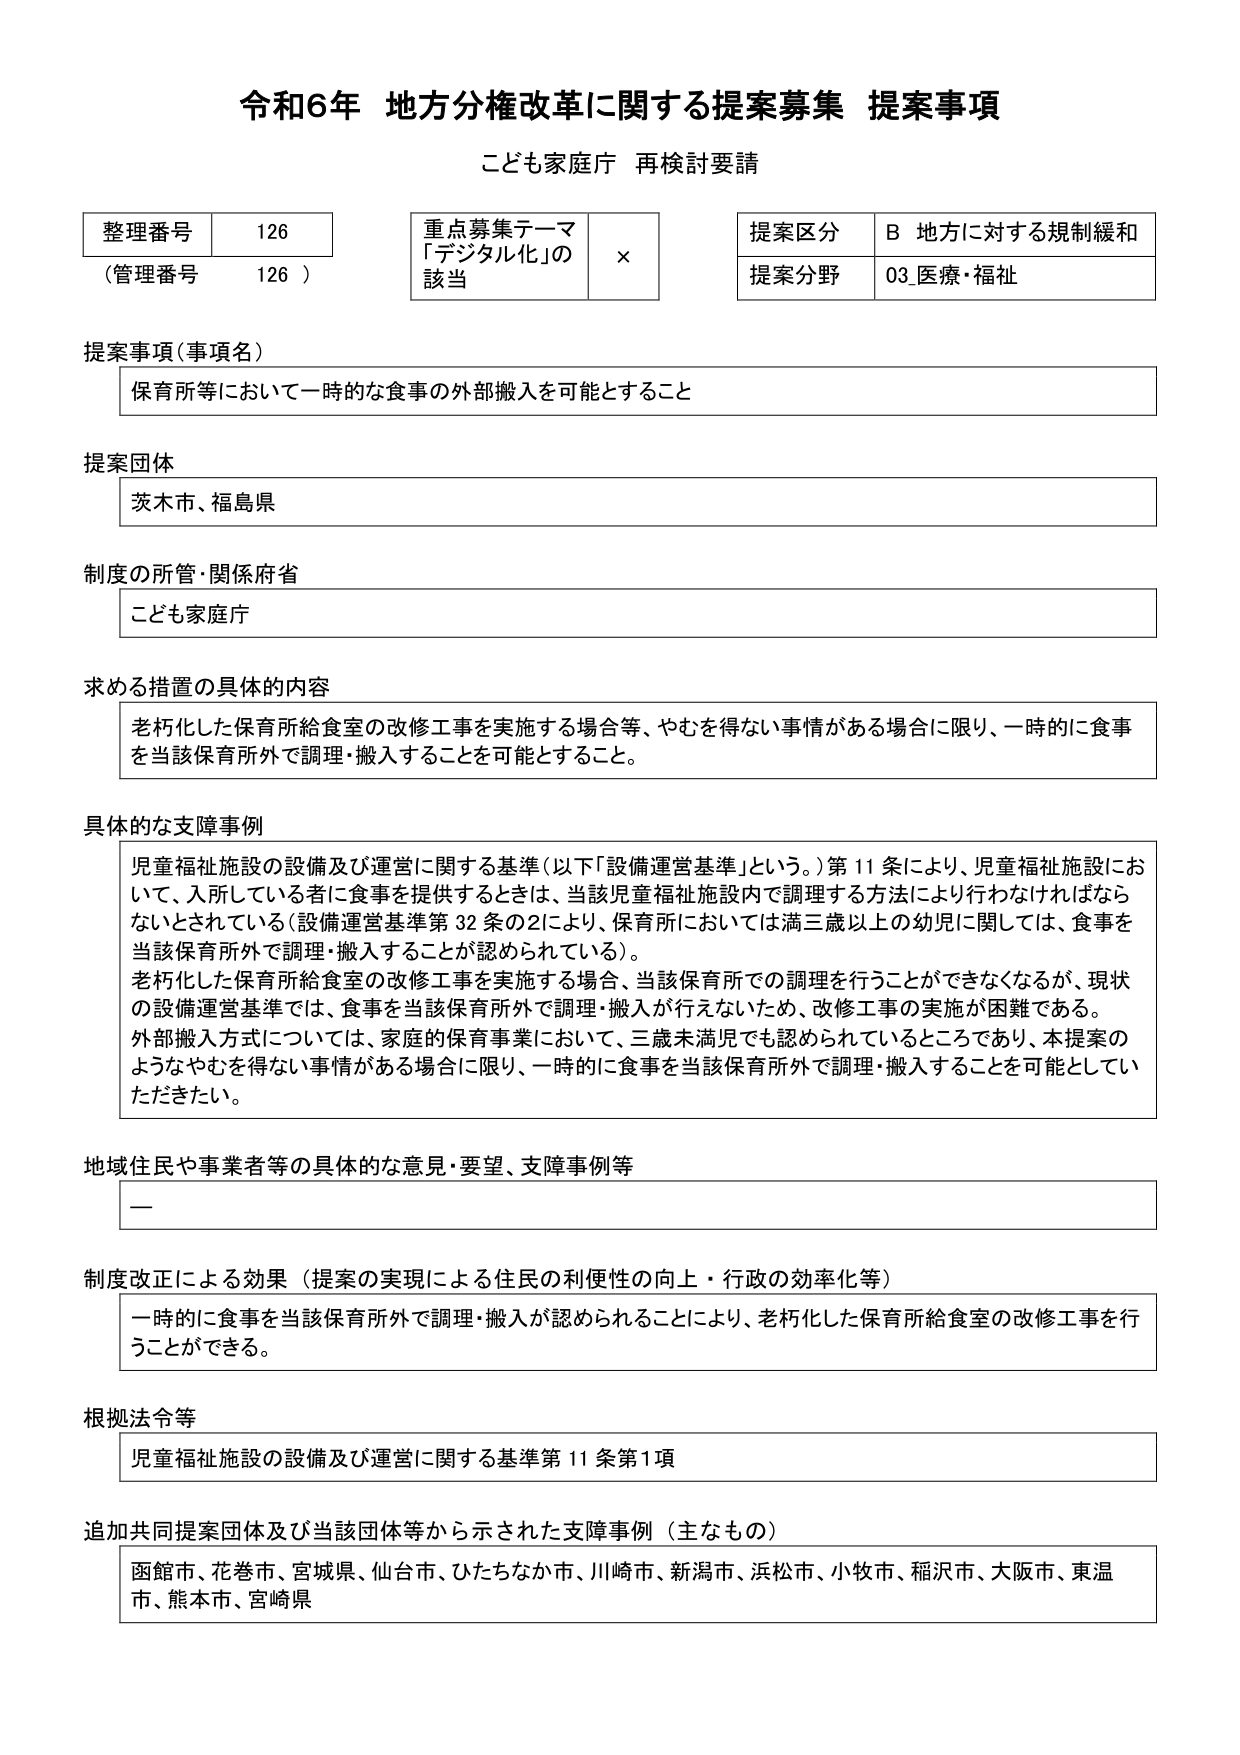
令和6年 地方分権改革に関する提案募集 提案事項
こども家庭庁 再検討要請

整理番号 126
（管理番号 126）

重点募集テーマ
「デジタル化」の
該当 ×

提案区分 B 地方に対する規制緩和
提案分野 03 医療・福祉

提案事項（事項名）
保育所等において一時的な食事の外部搬入を可能とすること

提案団体
茨木市、福島県

制度の所管・関係府省
こども家庭庁

求める措置の具体的内容
老朽化した保育所給食室の改修工事を実施する場合等、やむを得ない事情がある場合に限り、一時的に食事を当該保育所外で調理・搬入することを可能とすること。

具体的な支障事例
児童福祉施設の設備及び運営に関する基準（以下「設備運営基準」という。）第11条により、児童福祉施設において、入所している者に食事を提供するときは、当該児童福祉施設内で調理する方法により行わなければならないとされている（設備運営基準第32条の2により、保育所においては満三歳以上の幼児に関しては、食事を当該保育所外で調理・搬入することが認められている）。
老朽化した保育所給食室の改修工事を実施する場合、当該保育所での調理を行うことができなくなるが、現状の設備運営基準では、食事を当該保育所外で調理・搬入が行えないため、改修工事の実施が困難である。
外部搬入方式については、家庭的保育事業において、三歳未満児でも認められているところであり、本提案のようなやむを得ない事情がある場合に限り、一時的に食事を当該保育所外で調理・搬入することを可能としていただきたい。

地域住民や事業者等の具体的な意見・要望、支障事例等
ー

制度改正による効果（提案の実現による住民の利便性の向上・行政の効率化等）
一時的に食事を当該保育所外で調理・搬入が認められることにより、老朽化した保育所給食室の改修工事を行うことができる。

根拠法令等
児童福祉施設の設備及び運営に関する基準第11条第1項

追加共同提案団体及び当該団体等から示された支障事例（主なもの）
函館市、花巻市、宮城県、仙台市、ひたちなか市、川崎市、新潟市、浜松市、小牧市、稲沢市、大阪市、東温市、熊本市、宮崎県